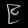
Digit: ၉